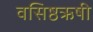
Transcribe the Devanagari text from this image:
वसिष्ठऋषी